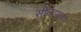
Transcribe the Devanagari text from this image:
सीतापहरण